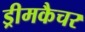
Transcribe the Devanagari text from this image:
ड्रीमकैचर